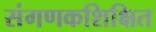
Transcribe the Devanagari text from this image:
संगणकशिक्षित